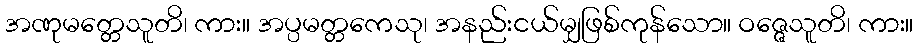
အဏုမတ္တေသူတိ၊ ကား။ အပ္ပမတ္တကေသု၊ အနည်းငယ်မျှဖြစ်ကုန်သော။ ဝဇ္ဇေသူတိ၊ ကား။